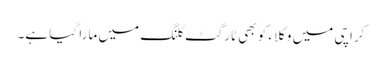
کراچی میں وکلاء کو بھی ٹارگٹ کلنگ میں مارا گیا ہے۔